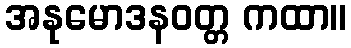
အနုမောဒနဝတ္တ ကထာ။